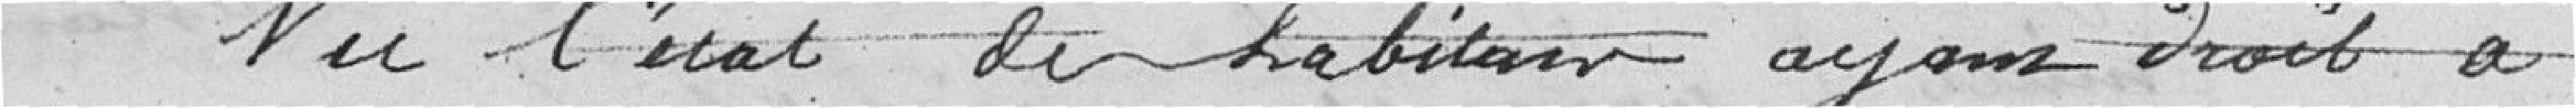
Vu l'état des habitants ayant droit à